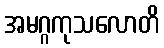
အမဂ္ဂကုသလောတိ